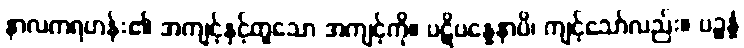
နာလကရဟန်း၏ အကျင့်နှင့်တူသော အကျင့်ကို။ ပဋိပန္နေနာပိ၊ ကျင့်သော်လည်း။ ပဉ္စန္နံ